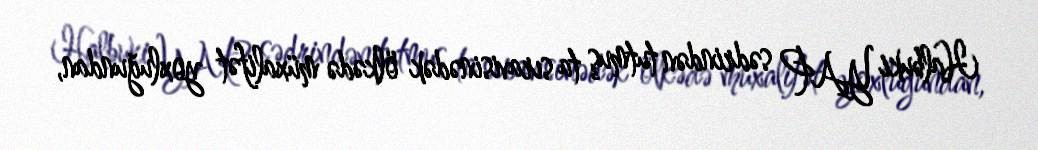
Halbuki YAP sədrindən tutmuş ta sıravisinədək ölkədə müxalifət yoxluğundan,